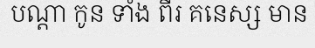
បណ្តា កូន ទាំង ពីរ គនេស្ស មាន